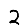
Digit: 2